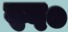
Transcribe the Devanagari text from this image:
स्प०